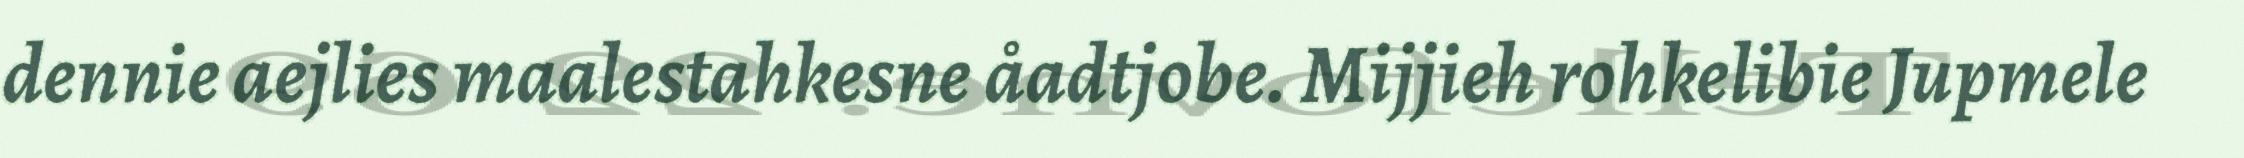
dennie aejlies maalestahkesne åadtjobe. Mijjieh rohkelibie Jupmele